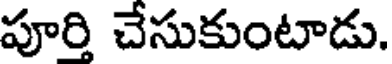
పూర్తి చేసుకుంటాడు.